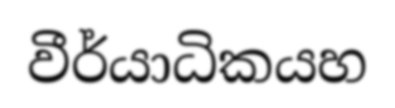
වීර්යාධිකයහ